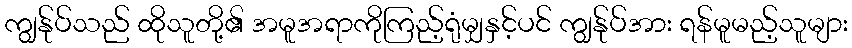
ကျွန်ုပ်သည် ထိုသူတို့၏ အမူအရာကိုကြည့်ရုံမျှနှင့်ပင် ကျွန်ုပ်အား ရန်မူမည့်သူများ